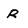
Character: R